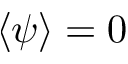
\left< \psi \right> = 0